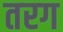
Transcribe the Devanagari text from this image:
तरग